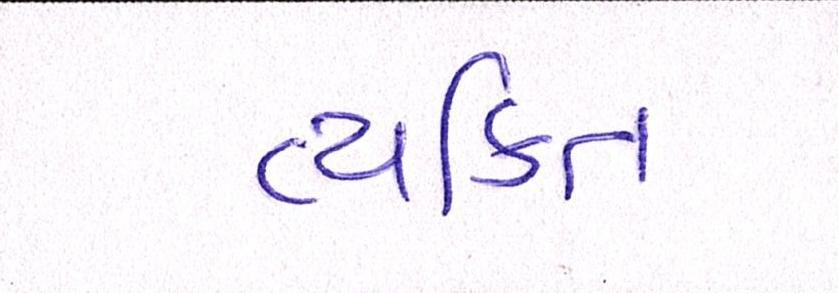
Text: વ્યક્તિ